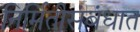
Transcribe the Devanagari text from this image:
निर्मितीसंबंधात